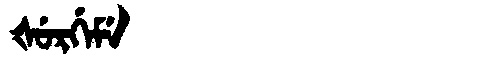
Manchu: ᡧᡠᡵᡤᡝᠮᡝ
Romanization: ŠURGEME